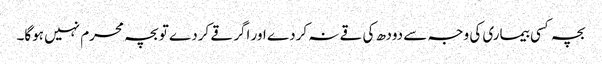
بچہ کسی بیماری کی وجہ سے دودھ کی قے نہ کردے اور اگر قے کردے تو بچہ محرم نہیں ہوگا۔